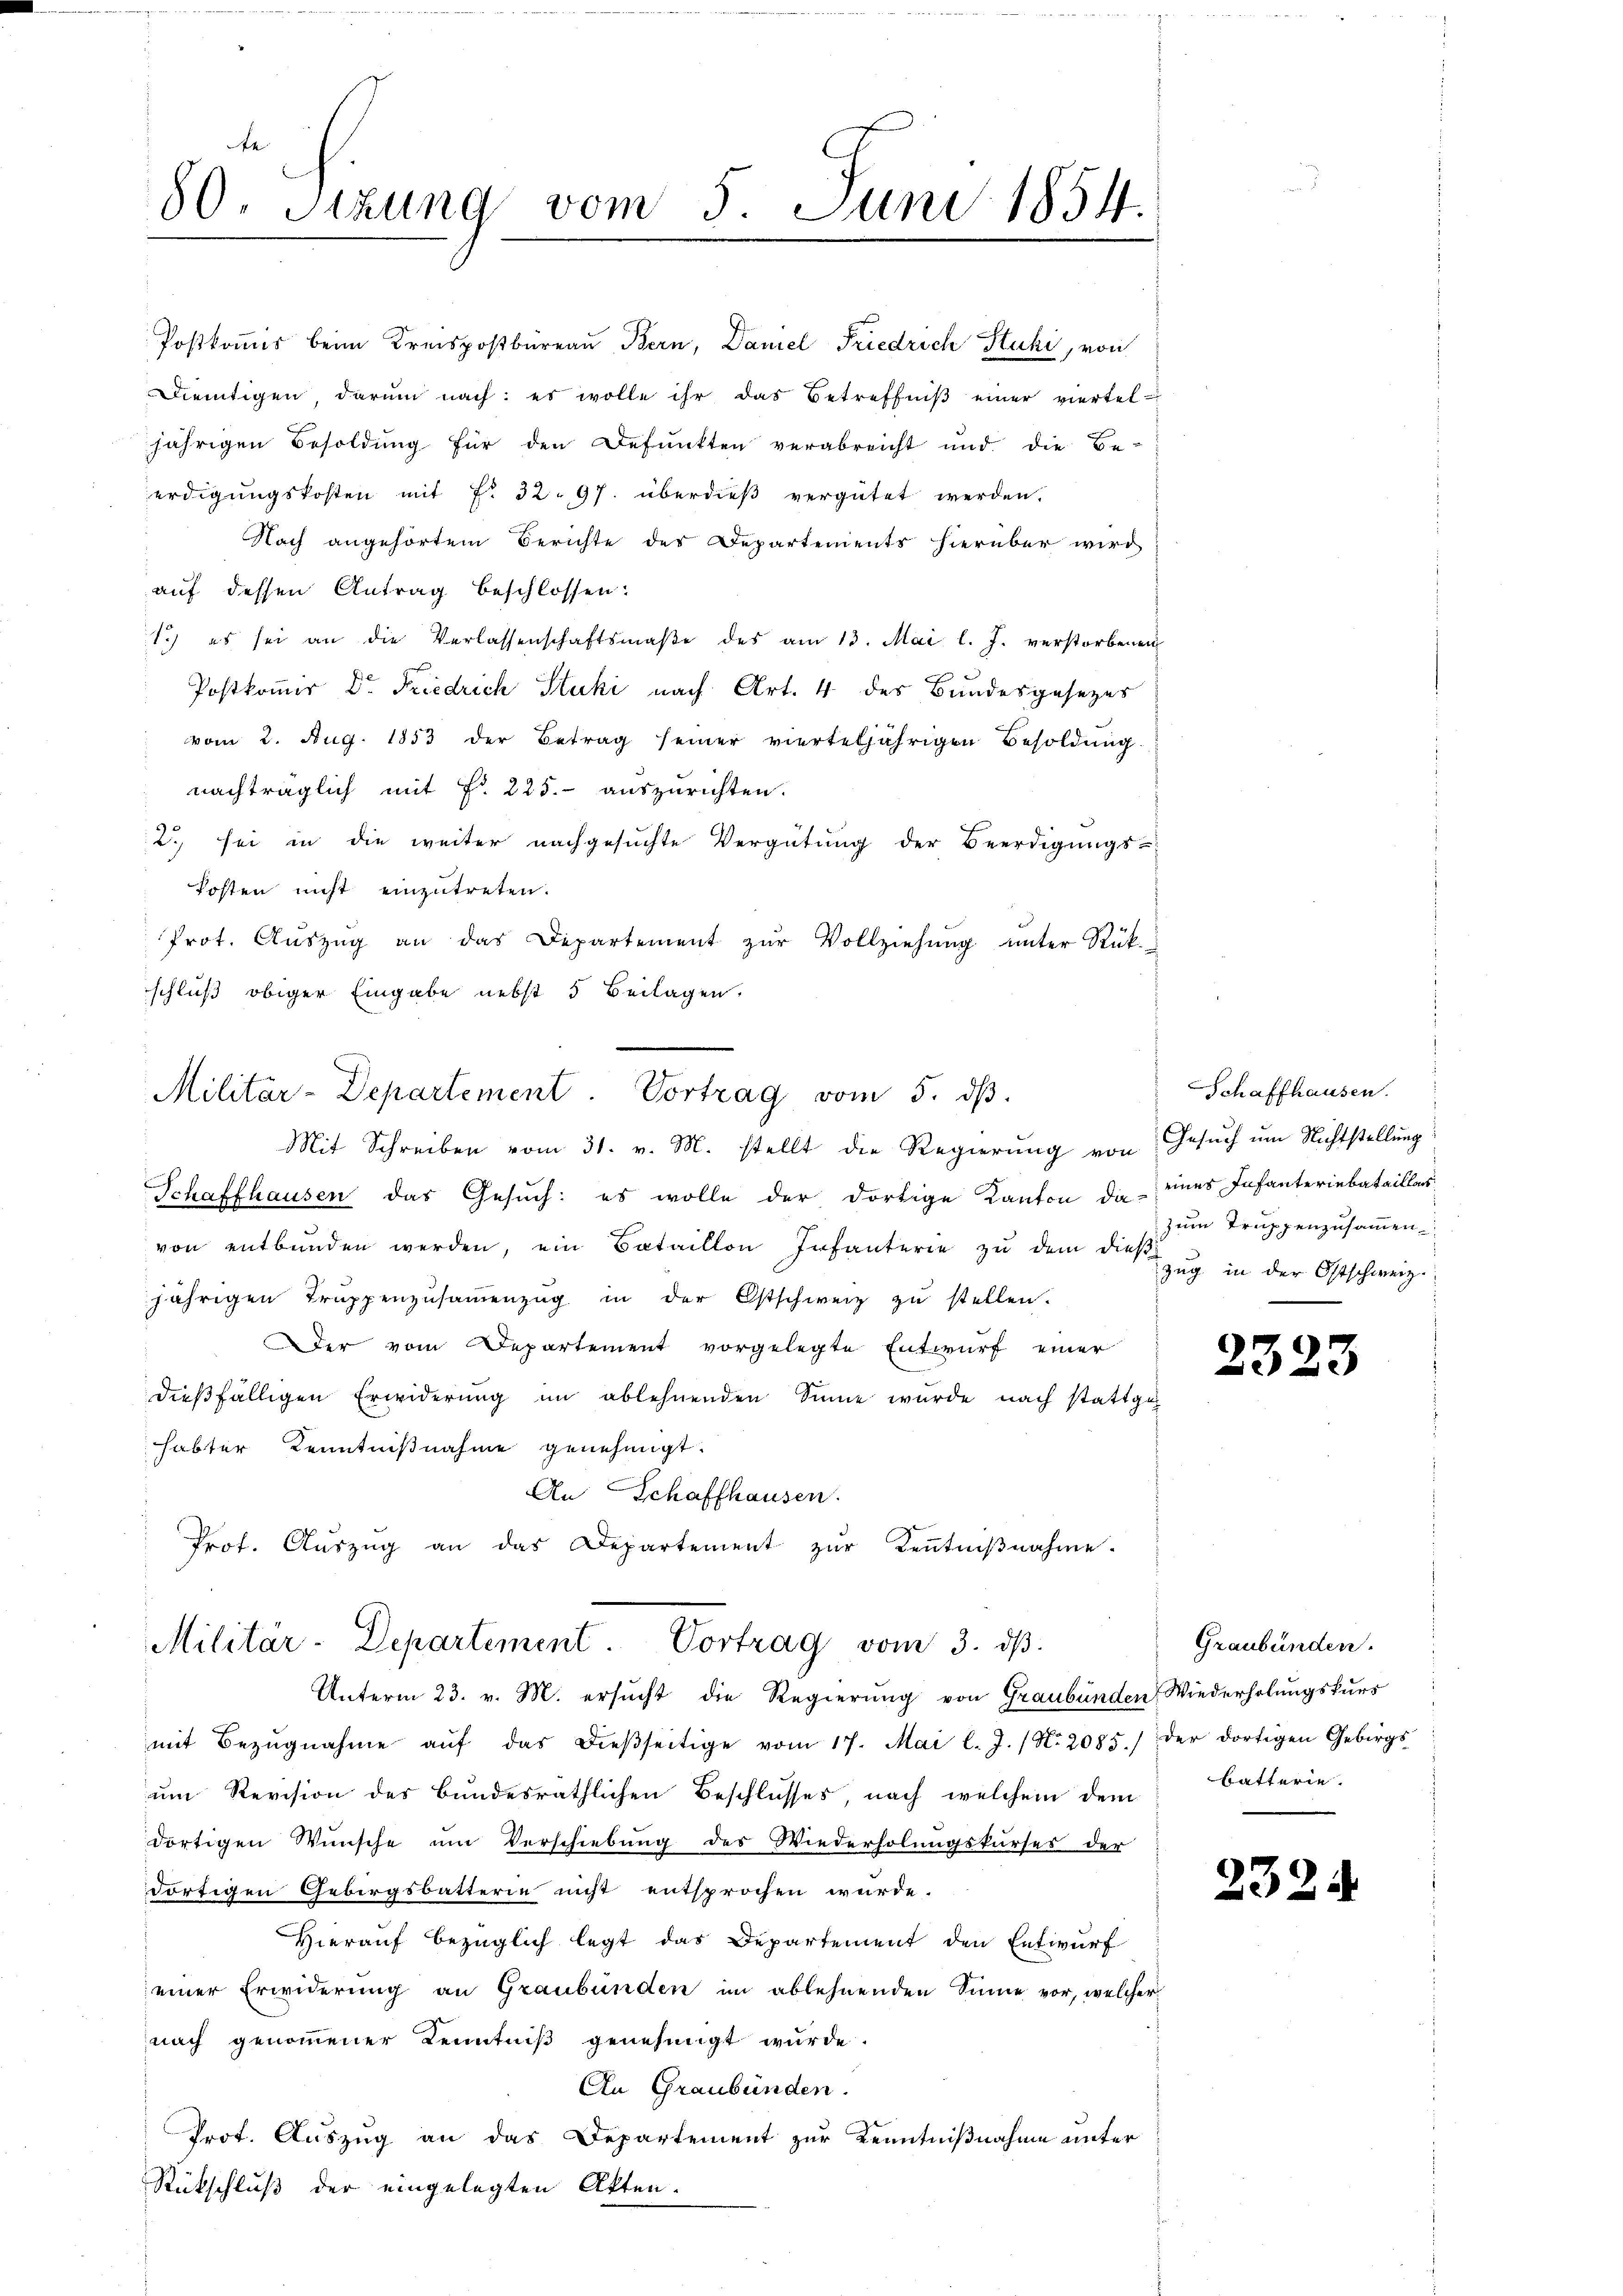
80. Sitzung vom 5. Juni 1854.
e

schluß obiger Eingabe nebst 5 Beilagen.
Militär-Departement. Vortrag vom 5. dβ.
Mit Schreiben vom 31. v. M. stellt die Regierŭng von Gesŭch ŭm Nichtstellŭng
Schaffhausen das Gesuch: es wolle der dortige Kanton die eines Infanteriebataillos
von entbunden werden, ein Bataillon Infanterie zŭ dem dies Zŭg in der Ostschweiz.
jährigen Truppenzusammenzug in der Ostschweiz zu stellen.
Der vom Departement vorgelegte Entwurf einer
dießfälligen Erwiderung im ablehnenden Sinne wurde nach stattgehabter Kenntnißnahme genehmigt.
An Schaffhausen.
Prof. Aŭszŭg an das Departement zŭr Keṅtniβnahme.

Militär-Departement. Vortrag vom 3. dβ.
Unterm 23. v. M. ersucht die Regierung von Graubünden Wiederholungskurs

Postkommis beim Kreispostbüreau, Bern, Daniel Friedrich Stucki, von
Dietigen, darum nach: es wolle ihr das Betreffniβ einer viertel-
jährigen Besoldung für den Befunkten verabreicht und die Be-
erdigungskosten mit Fr. 32. 97. überdieß vergütet werden.
Nach angehörtem Berichte des Departements hierüber wird
auf dessen Antrag beschlossen:
1.) es sei an die Verlassenschaftsmaβe des am 13. Mai l. J. verstorbenen
Postkomir Dr. Friedrich Stuki nach Art. 4 des Bundesgesezes
vom 2. Aug. 1853 der Betrag seiner vierteljährigen Besoldung
nachträglich mit Fr. 225. auszurichten.
2) sei in die weiter nachgesuchte Vergütung der Beerdigungs-
Posten nicht einzutreten.
Prot. Aŭszŭg an das Departement zŭr Vollziehung unter Rück-

Schaffhausen.
zum Truppenzusammen

mit Bezŭgnahme aŭf das dieβseitige vom 17. Mai l. J. (N. 2085.) der dortigen Gebirgs-
um Revision des Bundesräthlichen Beschlusses, nach welchem dem
dortigen Wünsche um Verschiebung des Wiederholungskurses der
dortigen Gebirgsbatterin nicht entsprochen wurde.
Hierauf bezüglich legt das Departement den Entwurf
einer Erwiderung an Graubünden im ablehnenden Sinne vor, welcher
nach genommener Kenntniß genehmigt wurde.
An Graubünden.
Prof. Auszug an das Departement zur Kenntnißnahme unter
Rückschluß der eingelegten Akten.

2323

Graubünden.
batterie.

232.